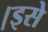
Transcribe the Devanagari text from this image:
।इसे